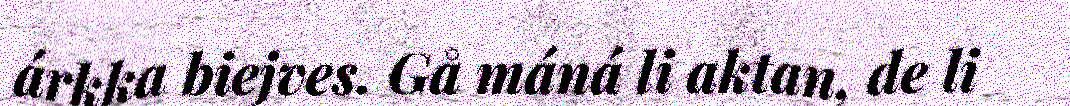
árkka biejves. Gå máná li aktan, de li